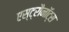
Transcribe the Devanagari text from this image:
एस्ट्रौनॉट्स